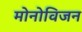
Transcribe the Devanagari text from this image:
मोनोविजन